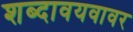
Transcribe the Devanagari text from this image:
शब्दावयवावर